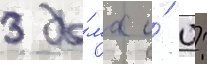
3 до́ма и́ 0: